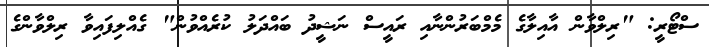
ސްޓޯރީ: "ރިލްވާން އާއިލާގެ މެމްބަރުންނާއި ރައީސް ނަޝީދު ބައްދަލު ކުރެއްވުން" ގެއްލިފައިވާ ރިލްވާންގެ